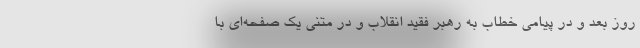
روز بعد و در پیامی خطاب به رهبر فقید انقلاب و در متنی یک صفحه‌ای با